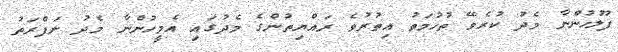
ފުލުހުންނާ މެދު ކުރެވޭ ތުހުމަތު އިތުރުވެ ރައްޔިތުންގެ މެދުގައި އެމީހުންނާ މެދު ނަފްރަތު